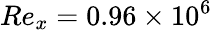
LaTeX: Re_{x}=0.96\times 10^{6}